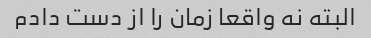
البته نه واقعا زمان را از دست دادم